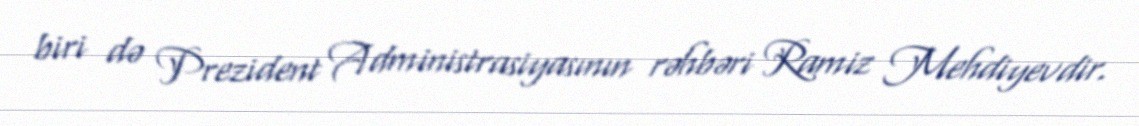
biri də Prezident Administrasiyasının rəhbəri Ramiz Mehdiyevdir.